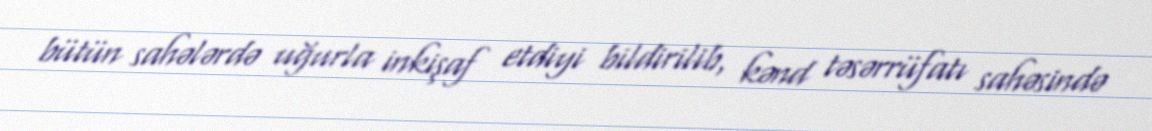
bütün sahələrdə uğurla inkişaf etdiyi bildirilib, kənd təsərrüfatı sahəsində